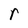
Character: r